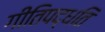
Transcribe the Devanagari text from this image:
गीतिपद्धति